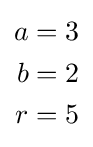
{\begin{aligned}a&=3\\b&=2\\r&=5\end{aligned}}